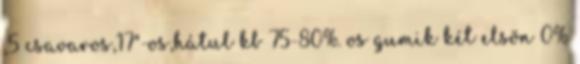
,5 csavaros,17"-os,hátul kb 75-80%. os gumik két elsõn 0%